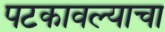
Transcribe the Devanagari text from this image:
पटकावल्याचा